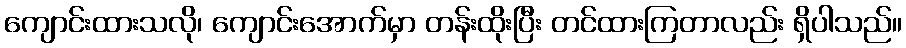
ကျောင်းထားသလို၊ ကျောင်းအောက်မှာ တန်းထိုးပြီး တင်ထားကြတာလည်း ရှိပါသည်။